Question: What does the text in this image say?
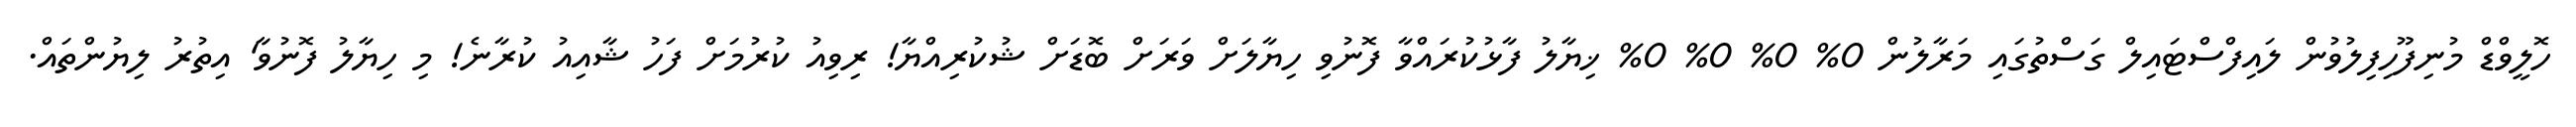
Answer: ހޮލީވްޑް މުނިފޫހިފިލުވުން ލައިފްސްޓައިލް ގަސްތުގައި މަރާލުން 0% 0% 0% 0% ޚިޔާލު ފާޅުކުރައްވާ ފޮނުވި ހިޔާލަށް ވަރަށް ބޮޑަށް ޝުކުރިއްޔާ! ރިވިއު ކުރުމަށް ފަހު ޝާއިއު ކުރާނެ! މި ހިޔާލު ފޮނުވާ' އިތުރު ލިޔުންތައް.